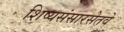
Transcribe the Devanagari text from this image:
शिष्यसंसारसेतवे